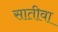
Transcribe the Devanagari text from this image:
सातीवा